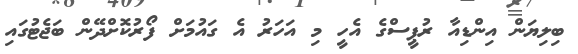
ބިލިޔަން އިންޑިއާ ރުޕީސްގެ އެހީ މި އަހަރު އެ ގައުމަށް ފޯރުކޮށްދޭން ބަޖެޓުގައި